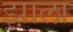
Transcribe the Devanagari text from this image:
झ़ाला